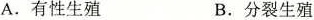
A. 有性生殖 B. 分裂生殖